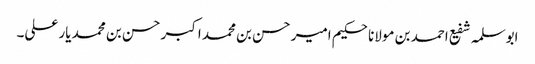
ابوسلمہ شفیع احمد بن مولانا حکیم امیر حسن بن محمد اکبر حسن بن محمد یار علی۔